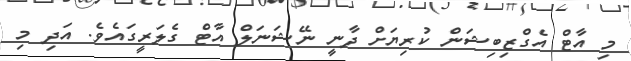
މި އާޓް އެގްޒިބިޝަން ކުރިޔަށް ދާނީ ނޭޝަނަލް އާޓް ގެލަރީގައެވެ. އަދި މި